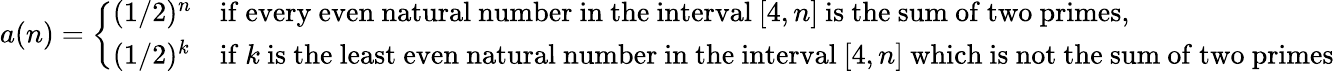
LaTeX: a(n)={\left\{ \begin{array}{ll}{(1/2)^{n}}&{{\mathrm{if~every~even~natural~number~in~the~interval~}}[4,n]{\mathrm{~is~the~sum~of~two~primes}},}\\ {(1/2)^{k}}&{{\mathrm{if~}}k{\mathrm{~is~the~least~even~natural~number~in~the~interval~}}[4,n]{\mathrm{~which~is~not~the~sum~of~two~primes}}}\end{array}\right.}